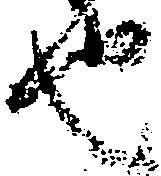
也